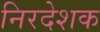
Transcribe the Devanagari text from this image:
निरदेशक